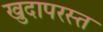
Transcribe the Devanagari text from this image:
खुदापरस्त